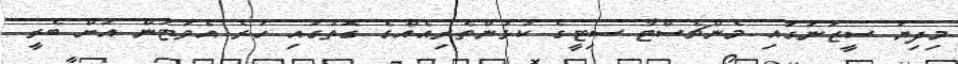
މިދިޔަ ސީޒަނުގައި މެންޗެސްޓާ ސިޓީގެ ކުޅުންތެރިއެއްގެ ގޮތުގައި ހުރެ އެވަޓަން އަށް ބެރީ